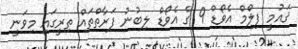
ޤައުމީ ފިލްމް އެވޯޑް 9 ގެ އެވޯޑް ލިބުނު ފަރާތްތައް ތިރީގައި މިވަނީ